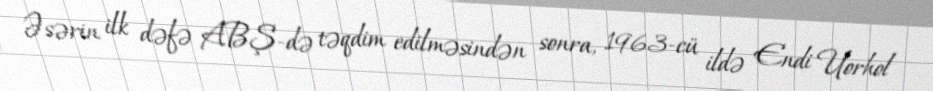
Əsərin ilk dəfə ABŞ-də təqdim edilməsindən sonra, 1963-cü ildə Endi Uorhol